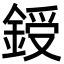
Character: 𨨒